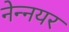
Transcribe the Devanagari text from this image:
नेन्नयर